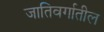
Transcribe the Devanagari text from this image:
जातिवर्गातील